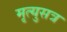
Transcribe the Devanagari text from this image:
मृत्युसत्र